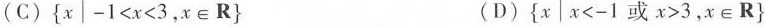
(C){x|$$- 1 < x < 3$$,x\inR} (D){x|$$x < - 1$$或$$x > 3$$,x\inR}